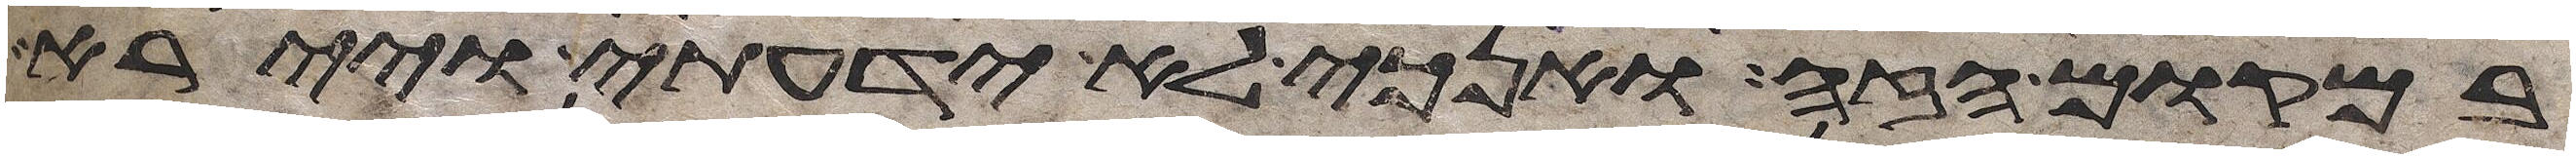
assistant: במקום הזה ואנכי לא ידעתי ויירא